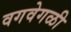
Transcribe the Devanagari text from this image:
वगवेगळी